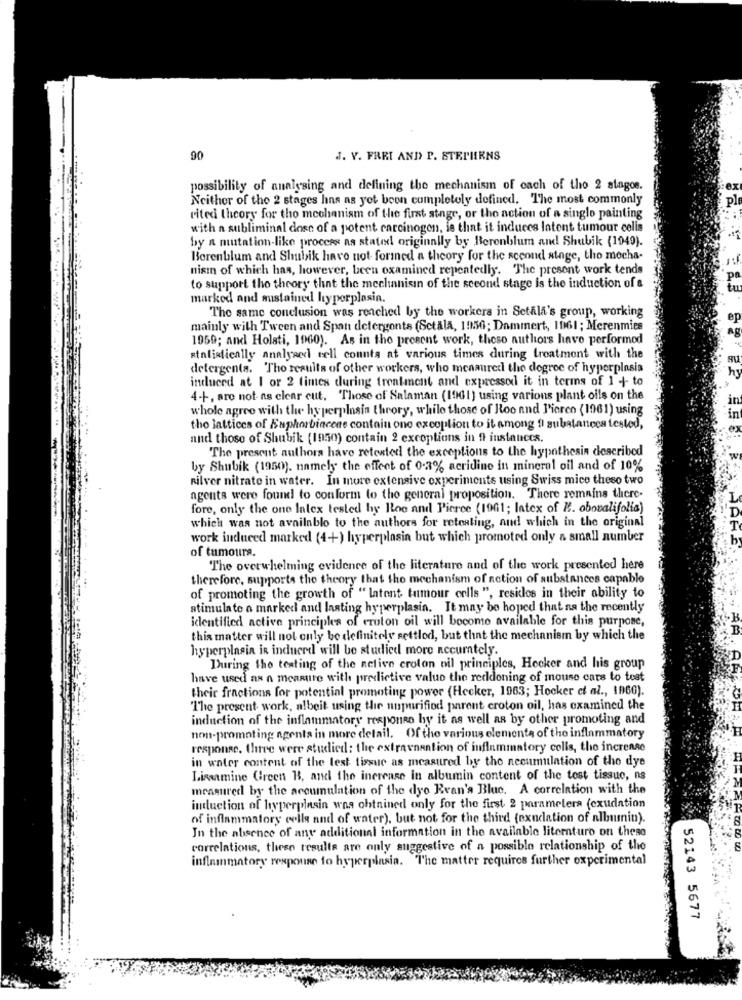
00
J. V. FRRI AND P. STEPHENS
possibility of analysing and defining the mechanism of cach of tho 2 stagoe.
Neither of the 2 stages hans as yet been completely defined. The most commonly
rited theory for tho mechanism of the first stage, or tho action of a single painting
with a subliminal dose of a potent carcinogen, is that it induces latent tumour celis
by a mutation-like process as stated originally by Berenblum and Shubik (1949).
Berenblum and Shubik have not formed a theory for the second stage, tho mocha-
nisin of which has, however, been oxamined repeatedly. The present work tends
to support the theory that the mechanisin of the second stage is the induction of &
tu
marked and sustained hyperplasia.
The same conclusion was reached by the workers in Setala's group, working
mainly with Tween and Span detergonts (Setala, 1956; Dammert, 1061 ; Merenmies
1959; and Holati, 1960). As in the present work, these authors have performed
statistically analyzed cell counts at various times during treatment with the
detergents. The results of other workers, who menaured the degree of hyperplasia
induced at 1 or 2 times during treatment and expressod it in terms of 1 + to
hy
4-+, are not as clear cut. Those of Salaman (1961) using various plant oils on the
in
whole agree with the hyperplasin theory, while those of Roo and Pierce (1961) using
in
tho lattices of Euphorbiacene contain one excoption to it among !) substances tested,
and those of Shubik (1950) contain 2 excoptions in It instances.
The present authors have retested the exceptions to the hypothesis described
by Shubik (1950). namely the effect of 0.3% acridine in mineral oil and of 10%
Rilver nitrate in water. In more extensive experiments using Swiss mice theso two
agents were found to conform to the general proposition. There remains there-
fore, only the one latex tested by Boo and Pierce (1961; latex of E. oboualifolia)
which was not available to the authors for retesting, and which in the original
work induced marked (4+) hyperplasia but which promoted only a small number
of tumoura.
The overwhelming evidence of the literature and of the work presented here
therefore, supports the theory that the mechanism of action of substances capable
of promoting the growth of "latent tumour cells ", resides in their ability to
stimulate a marked and lasting hyperplasia. It may be hoped that na the recently
identified active principles of croton oil will become available for this purpose,
this matter will not only be definitely settled, but that the mechanism by which the
hyperplasia in induertl will be studied more accurately.
During the testing of the active croton nil principles, Hocker and his group
have used as a measure with predictive value the reddoning of mouse cars to test
their fractions for potential promoting power (Hecker, 1963; Hocker et al ., 1960).
"The present work, albeit using the unpurifiod parent croton oil, has examined the
induction of the inflammatory response by it as well as by other promoting and
non-promoting agents in more detail. Of the various elemente of the inflammatory
response, there were studied: the extravnantion of inflammatory colls, the increase
in water content of the test tissue as measured by the necumulation of the dye
Lissamine Green B, and the increase in albumin content of the tost tissue, ns
measured by the accumulation of the dyo Evan's Blue. A correlation with the
induction of hyperplasia was obtained only for the first 2 parameters (exudation
of inflammatory cells and of water), but not for the third (exndation of albumin).
In the absence of any additional information in the available literaturo on these
correlations, these results are only suggestive of a possible relationship of the
inflammatory response to hyperplasia. The matter requires further experimental
52143 5677